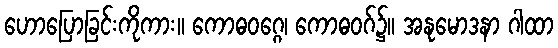
ဟောပြောခြင်းကိုကား။ ကောဓဝဂ္ဂေ၊ ကောဓဝဂ်၌။ အနုမောဒနာ ဂါထာ